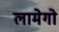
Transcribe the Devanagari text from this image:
लामेगो